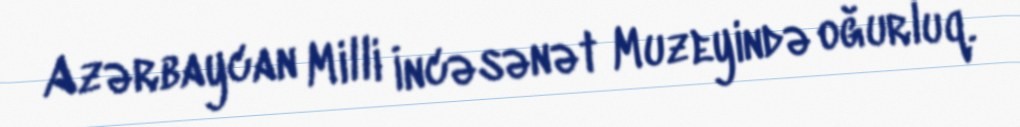
Azərbaycan Milli İncəsənət Muzeyində oğurluq.